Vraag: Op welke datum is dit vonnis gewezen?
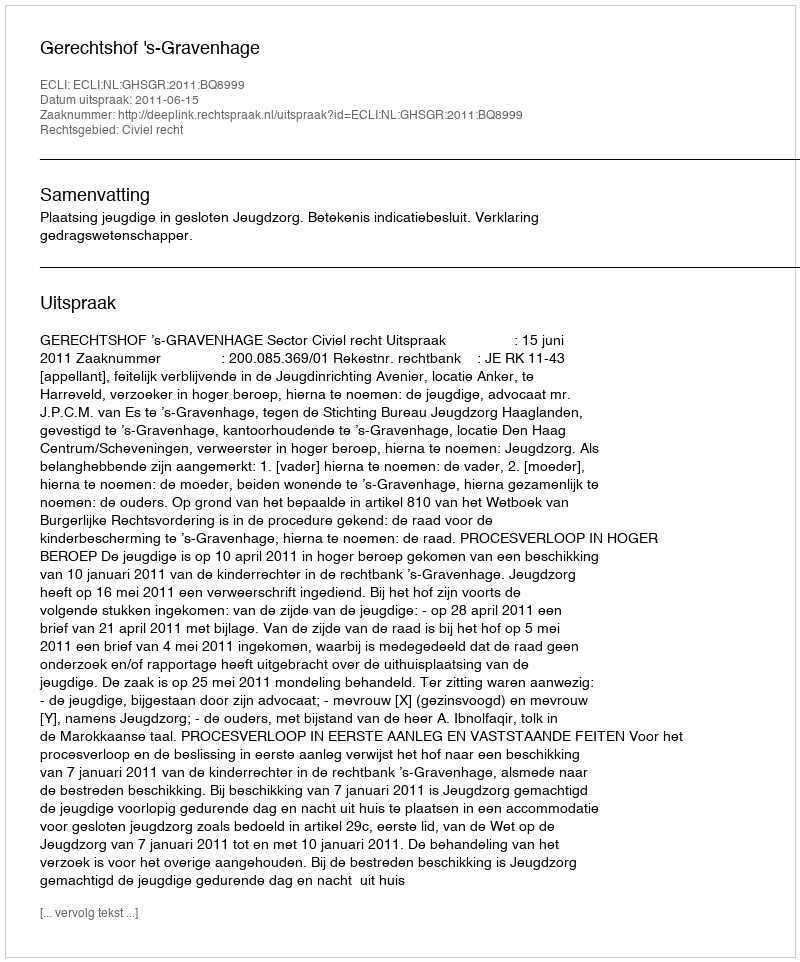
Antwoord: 2011-06-15